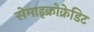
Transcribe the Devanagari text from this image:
सेमाइक्रोक्रेडिट